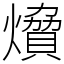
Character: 燲